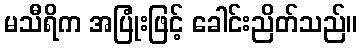
မသီရိက အပြုံးဖြင့် ခေါင်းညိတ်သည်။